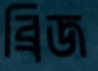
ব্রিজ